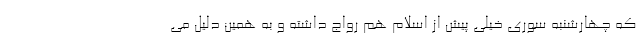
که چهارشنبه سوری خیلی پیش از اسلام هم رواج داشته و به همین دلیل می